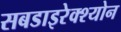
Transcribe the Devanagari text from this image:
सबडाइरेक्श्योन